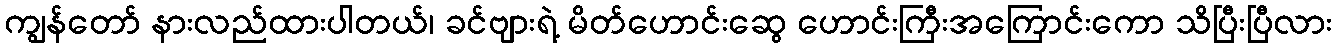
ကျွန်တော် နားလည်ထားပါတယ်၊ ခင်ဗျားရဲ့ မိတ်ဟောင်းဆွေ ဟောင်းကြီးအကြောင်းကော သိပြီးပြီလား